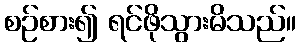
စဉ်စား၍ ရင်ဖိုသွားမိသည်။